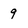
Character: 9